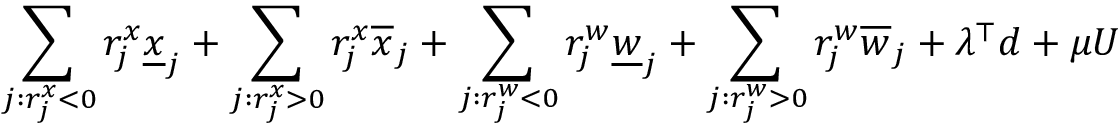
\sum _ { j : r _ { j } ^ { x } < 0 } r _ { j } ^ { x } \underline { { x } } _ { j } + \sum _ { j : r _ { j } ^ { x } > 0 } r _ { j } ^ { x } \overline { { x } } _ { j } + \sum _ { j : r _ { j } ^ { w } < 0 } r _ { j } ^ { w } \underline { { w } } _ { j } + \sum _ { j : r _ { j } ^ { w } > 0 } r _ { j } ^ { w } \overline { { w } } _ { j } + \lambda ^ { \top } d + \mu U